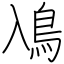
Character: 鳰